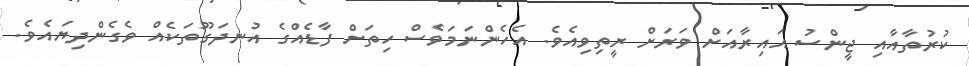
ކުރުތާއާއި ޖީންސު އައިރާއަށް ވަރަށް ރީތިވިއެވެ. އެހެންނަމަވެސް ހިތަށް ފާޑެއްގެ އުނދަގޫތަކެއް ވެގެންދިޔައެވެ.